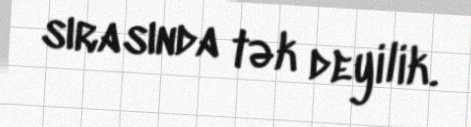
sırasında tək deyilik.